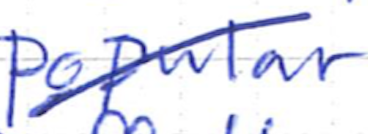
Text: popular
Cross-out: diagonal
Writing tool: ballpoint